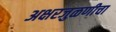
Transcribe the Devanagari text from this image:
अक्षरजुळणीचा